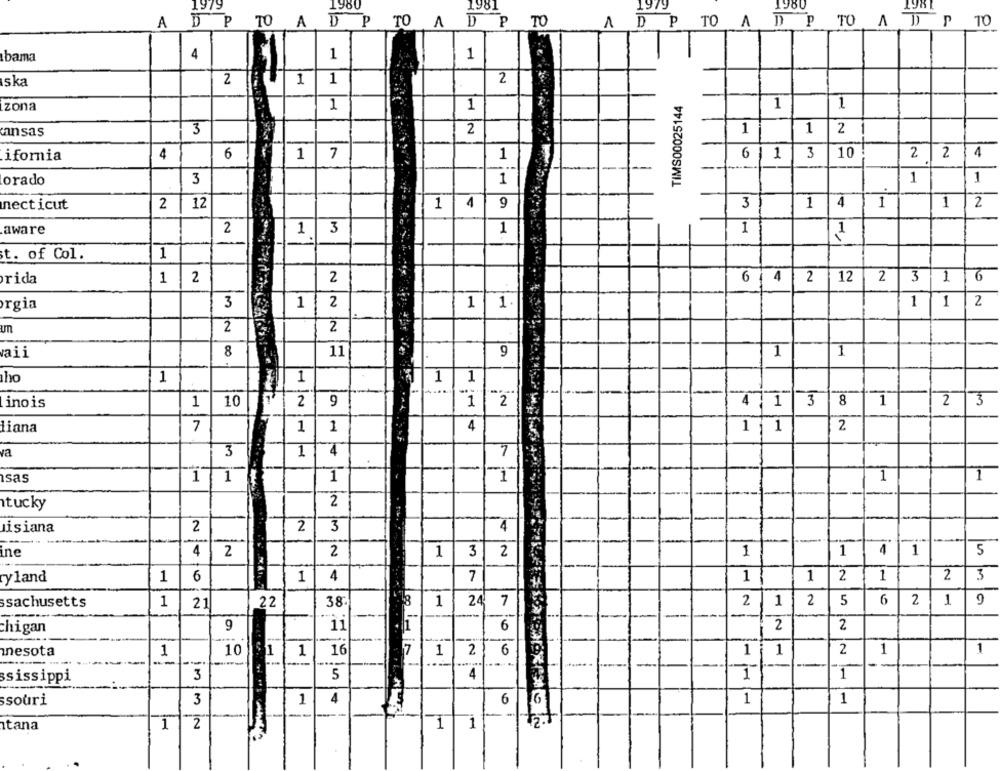
1979
1980
1981
1979
1380
A
DP
TO A
DP TO
A
DP
TO
A D P TO A D P TO A D P TO
4
1
1
bama
1
ska
2
1
1
2
TIMS00025144
zona
1
1
1
1
ansas
3
2
1
1
2
4
6
1
3
10
2 2
ifornia
1
7
6 | 1
orado
3
1
1
1
necticut
2
12
1
9
3
1
4
1
1
2
aware
2
1
3
1
1
1
1
t. of Col.
1
2
12
16
rida
2
2
6 4
2
3
rgia
3
1
2
1 |1
1
1 2
un
2
2
vaii
8
11
9
1
1
ho
1
1
1
11
10
2
9
"2"
1
inois
1
4 1 3 8
2
3
liana
7
1
1
4
1 1
2
va
3
1
4
-
sas
1
1
1
1
1
2
ıtucky
Jisiana
2
2
3
4
ine
4
2
2
1
3
2
1
1
4
5
yland
1
6
1
4
7
1
1
2
1
2
3
N. 416 -7
1
1
7
2
6
2
ssachusetts
21
22
38
24
: 1
2
5
1
--
-
-
chigan
9
ii
6
2
2
nesota
1
10
1
1
16
7
1
2
6
1 1
2
1
1
-
3
5
4
1
1
sissippi
ssouri
3
1
4
6
1
1
-
tana
2
1
1
1